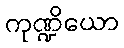
ကုဏ္ဍိယော